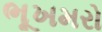
ભૂખમરો